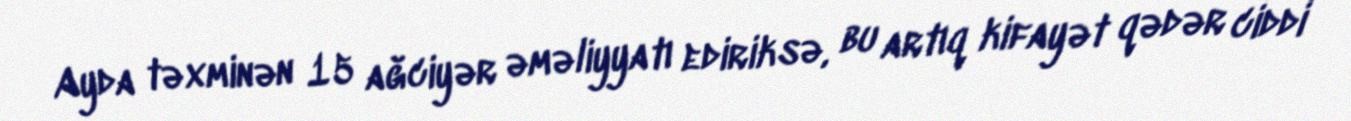
Ayda təxminən 15 ağciyər əməliyyatı ediriksə, bu artıq kifayət qədər ciddi